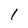
Character: 1